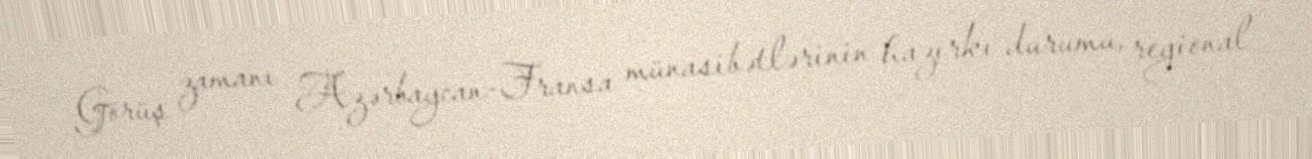
Görüş zamanı Azərbaycan-Fransa münasibətlərinin hazırkı durumu, regional